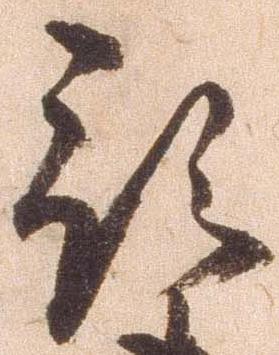
預